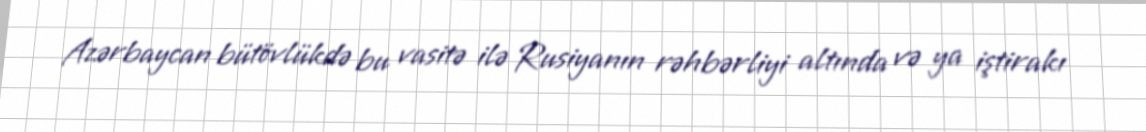
Azərbaycan bütövlükdə bu vasitə ilə Rusiyanın rəhbərliyi altında və ya iştirakı